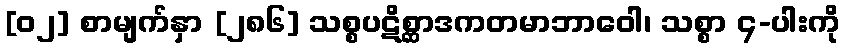
[၀၂] စာမျက်နှာ [၂၈၆] သစ္စပဋိစ္ဆာဒကတမာဘာဝေါ၊ သစ္စာ ၄-ပါးကို